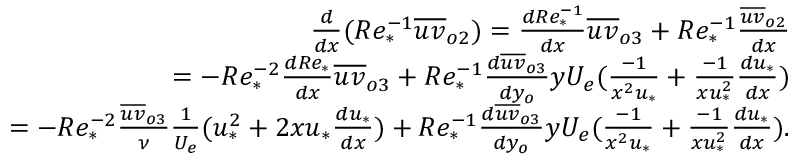
\begin{array} { r } { \frac { d } { d x } ( R e _ { * } ^ { - 1 } \overline { { u v } } _ { o 2 } ) = \frac { d R e _ { * } ^ { - 1 } } { d x } \overline { { u v } } _ { o 3 } + R e _ { * } ^ { - 1 } \frac { \overline { { u v } } _ { o 2 } } { d x } } \\ { = - R e _ { * } ^ { - 2 } \frac { d R e _ { * } } { d x } \overline { { u v } } _ { o 3 } + R e _ { * } ^ { - 1 } \frac { d \overline { { u v } } _ { o 3 } } { d y _ { o } } y U _ { e } ( \frac { - 1 } { x ^ { 2 } u _ { * } } + \frac { - 1 } { x u _ { * } ^ { 2 } } \frac { d u _ { * } } { d x } ) } \\ { = - R e _ { * } ^ { - 2 } \frac { \overline { { u v } } _ { o 3 } } { \nu } \frac { 1 } { U _ { e } } ( u _ { * } ^ { 2 } + 2 x u _ { * } \frac { d u _ { * } } { d x } ) + R e _ { * } ^ { - 1 } \frac { d \overline { { u v } } _ { o 3 } } { d y _ { o } } y U _ { e } ( \frac { - 1 } { x ^ { 2 } u _ { * } } + \frac { - 1 } { x u _ { * } ^ { 2 } } \frac { d u _ { * } } { d x } ) . } \end{array}